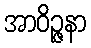
အာဝိဉ္ဇနာ